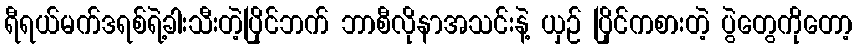
ရီရယ်မက်ဒရစ်ရဲ့ခါးသီးတဲ့ပြိုင်ဘက် ဘာစီလိုနာအသင်းနဲ့ ယှဉ် ပြိုင်ကစားတဲ့ ပွဲတွေကိုတော့